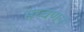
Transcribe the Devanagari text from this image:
सरवणन